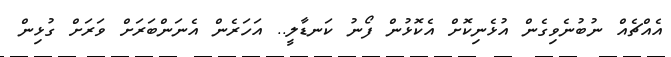
އެއްޗެއް ނުބުނެވިގެން އުޅެނިކޮށް އެކޮޅުން ފޯނު ކަނޑާލީ.. އަހަރެން އެނަންބަރަށް ވަރަށް ގުޅިން